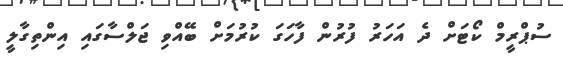
ސުޕްރީމް ކޯޓަށް ދެ އަހަރު ފުރުން ފާހަގަ ކުރުމަށް ބޭއްވި ޖަލްސާގައި އިންތިގާލީ